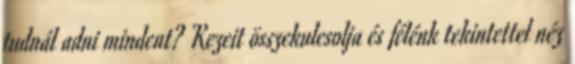
tudnál adni mindent? Kezeit összekulcsolja és félénk tekintettel néz